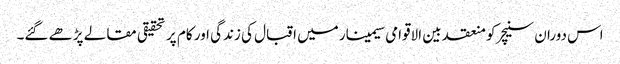
اس دوران سنیچر کو منعقد بین الاقوامی سیمینار میں اقبال کی زندگی اور کام پر تحقیقی مقالے پڑھے ‏گئے۔